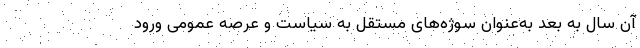
آن سال به بعد به‌عنوان سوژه‌های مستقل به سیاست و عرصه عمومی ورود